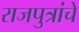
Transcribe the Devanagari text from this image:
राजपुत्रांचे